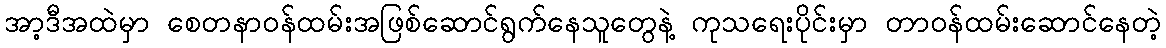
အာ့ဒီအထဲမှာ စေတနာဝန်ထမ်းအဖြစ်ဆောင်ရွက်နေသူတွေနဲ့ ကုသရေးပိုင်းမှာ တာဝန်ထမ်းဆောင်နေတဲ့